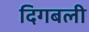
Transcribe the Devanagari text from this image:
दिगबली